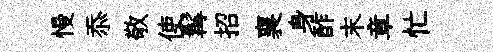
慢忝敬使髯招襄身酢末章忙